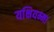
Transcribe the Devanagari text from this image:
यक्षियम्मा